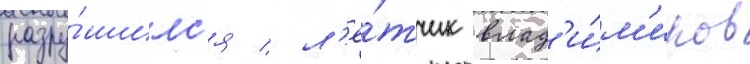
разру́шилс'я / л'ё́тчик влад'и́м'иров